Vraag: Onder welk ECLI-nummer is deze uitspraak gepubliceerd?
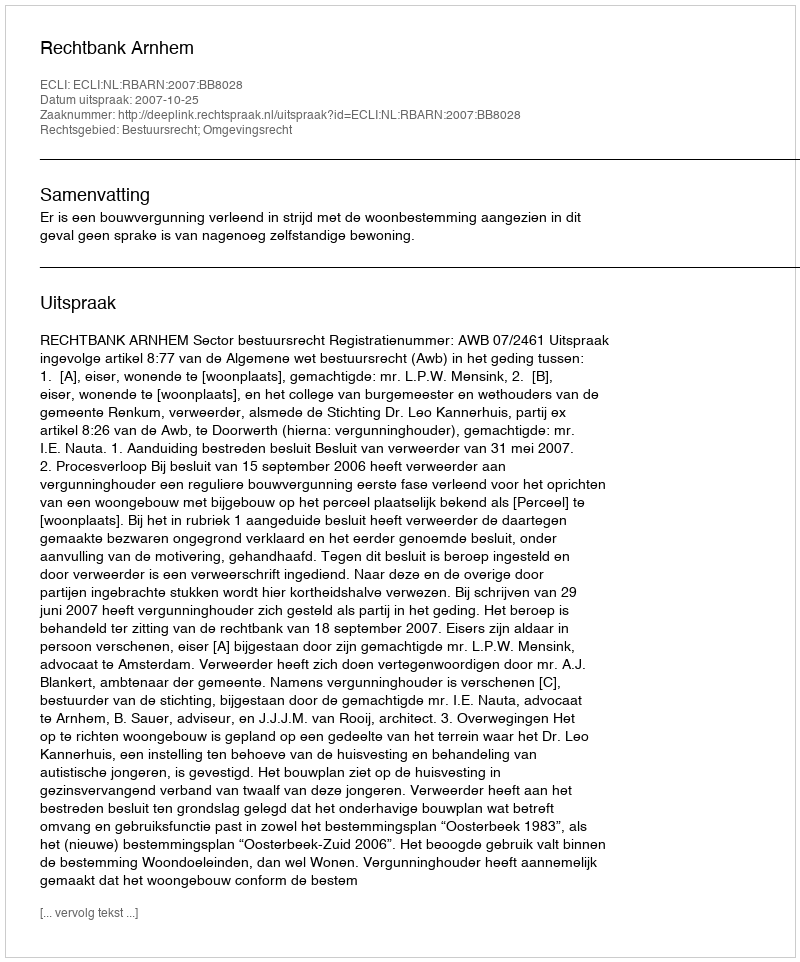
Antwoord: ECLI:NL:RBARN:2007:BB8028